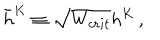
\bar { h } ^ { K } \equiv \sqrt { W _ { c r i t } } h ^ { K } \, ,